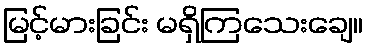
မြင့်မားခြင်း မရှိကြသေးချေ။